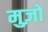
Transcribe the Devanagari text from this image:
मुज़ो